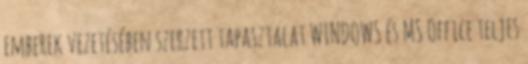
emberek vezetésében szerzett tapasztalat WINDOWS és MS Office teljes